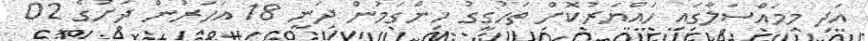
އަދި މިމައްސަލާގައި ހައްޔަރުކޮށް ތަހުގީގު ހިންގަމުން ދަނީ 18 އަހަރުން ދަށުގެ 02